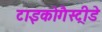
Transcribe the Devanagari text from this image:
टाइकोगैस्ट्रीडे